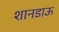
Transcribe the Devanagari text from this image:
शानडाऊ